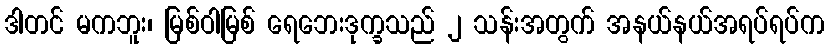
ဒါတင် မကဘူး၊ မြစ်ဝါမြစ် ရေဘေးဒုက္ခသည် ၂ သန်းအတွက် အနယ်နယ်အရပ်ရပ်က